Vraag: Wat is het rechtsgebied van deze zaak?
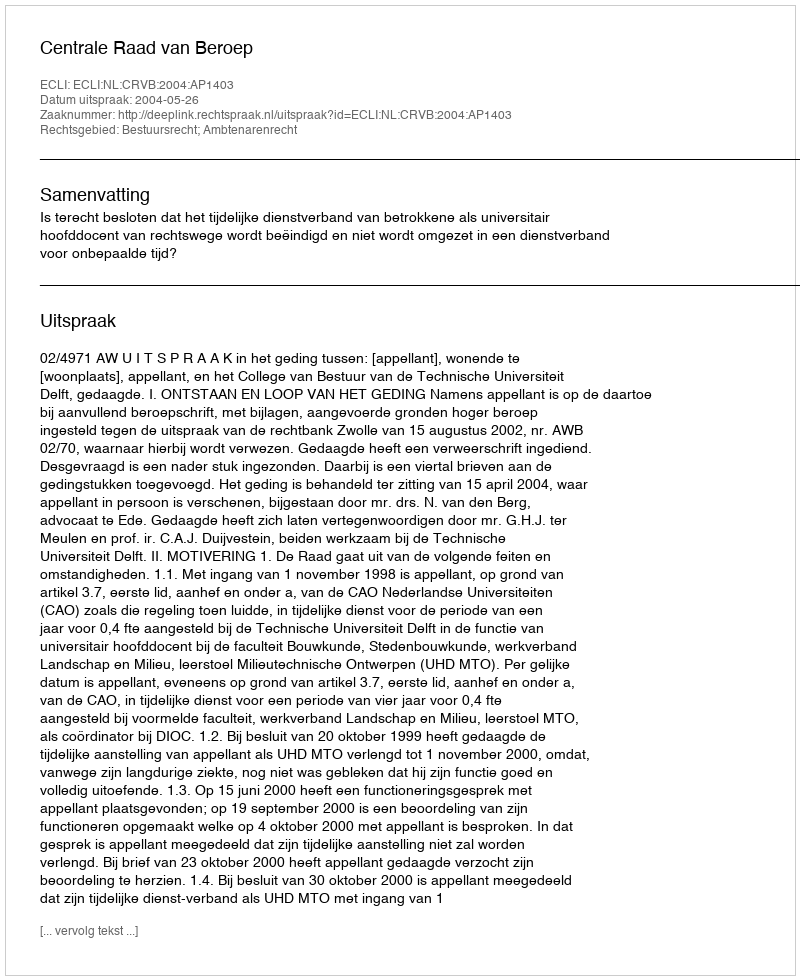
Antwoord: Bestuursrecht; Ambtenarenrecht